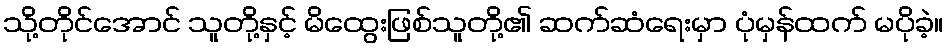
သို့တိုင်အောင် သူတို့နှင့် မိထွေးဖြစ်သူတို့၏ ဆက်ဆံရေးမှာ ပုံမှန်ထက် မပိုခဲ့။